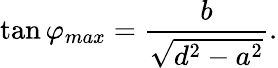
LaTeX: \tan\varphi_{max}=\frac{b}{\sqrt{d^{2}-a^{2}}}.